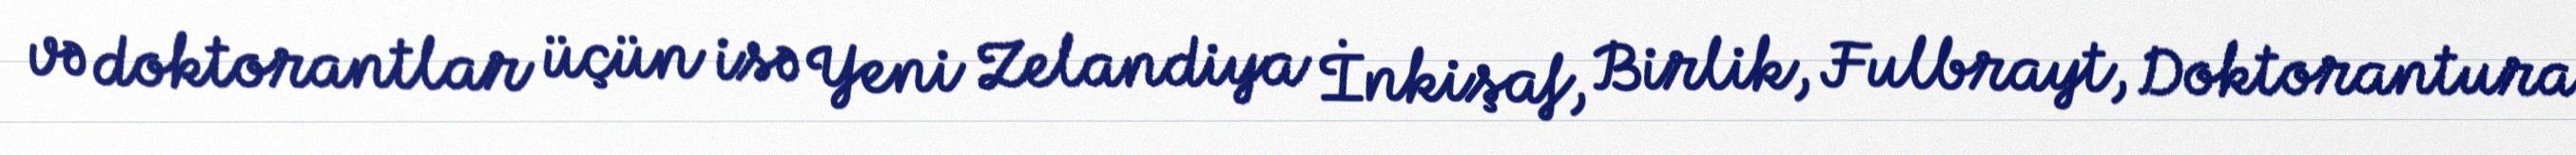
və doktorantlar üçün isə Yeni Zelandiya İnkişaf, Birlik, Fulbrayt, Doktorantura,